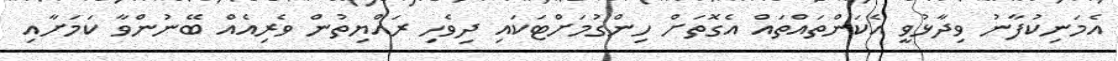
އެމަނިކުފާނު ވިދާޅުވީ އެކަންތައްތައް އެގޮތަށް ހިންގުމަށްޓަކައި ދިވެހި ރައްޔިތުން ވެރިއެއް ބޭނުންވާ ކަމަށާއި